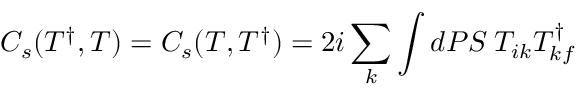
C _ { s } ( T ^ { \dagger } , T ) = C _ { s } ( T , T ^ { \dagger } ) = 2 i \sum _ { k } \int d P S \: T _ { i k } T _ { k f } ^ { \dagger }